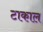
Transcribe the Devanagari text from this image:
टाकाल